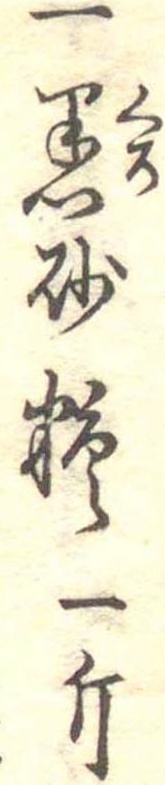
一黒砂糖一斤